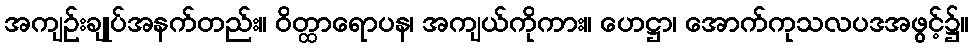
အကျဉ်းချုပ်အနက်တည်း။ ဝိတ္ထာရောပန၊ အကျယ်ကိုကား။ ဟေဋ္ဌာ၊ အောက်ကုသလပဒအဖွင့်၌။